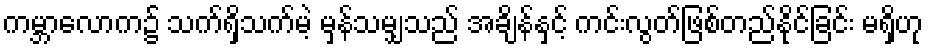
ကမ္ဘာလောက၌ သက်ရှိသက်မဲ့ မှန်သမျှသည် အချိန်နှင့် ကင်းလွတ်ဖြစ်တည်နိုင်ခြင်း မရှိဟု